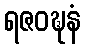
ရဇဝဍ္ဎနံ